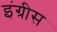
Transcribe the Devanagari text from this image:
इंग्रीस